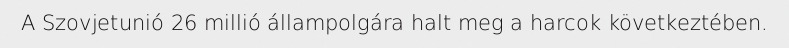
A Szovjetunió 26 millió állampolgára halt meg a harcok következtében.